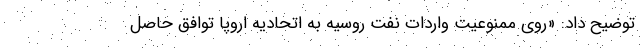
توضیح داد: «روی ممنوعیت واردات نفت روسیه به اتحادیه اروپا توافق حاصل